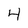
Character: 4